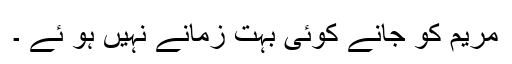
مریم کو جانے کوئی بہت زمانے نہیں ہو ئے ۔